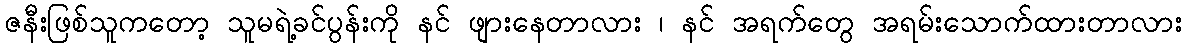
ဇနီးဖြစ်သူကတော့ သူမရဲ့ခင်ပွန်းကို နင် ဖျားနေတာလား ၊ နင် အရက်တွေ အရမ်းသောက်ထားတာလား